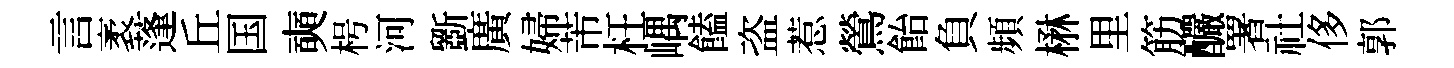
言袤蓬丘国奭枵河斵廣婦芾枉嵎饁盗惹鶯飴負頻楙里筋釅署社侈郭